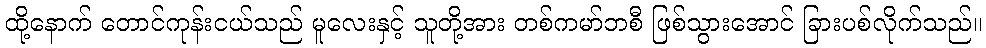
ထို့နောက် တောင်ကုန်းငယ်သည် မူလေးနှင့် သူတို့အား တစ်ကမာ်ဘစီ ဖြစ်သွားအောင် ခြားပစ်လိုက်သည်။